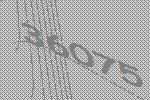
36075